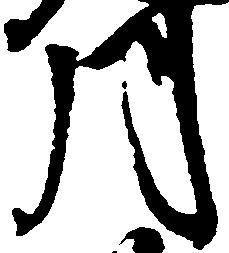
月